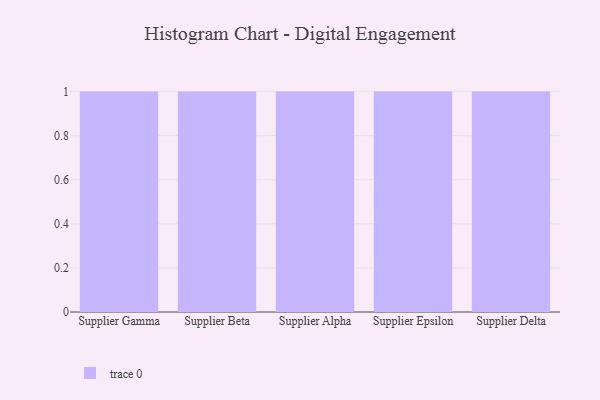
{"axis": {"x": "Supplier", "y": "Temperature (°C)"}, "legend": [""], "data": [{"x": "Supplier Gamma", "y": 12, "type": ""}, {"x": "Supplier Beta", "y": 95, "type": ""}, {"x": "Supplier Alpha", "y": 96, "type": ""}, {"x": "Supplier Epsilon", "y": 25, "type": ""}, {"x": "Supplier Delta", "y": 53, "type": ""}]}